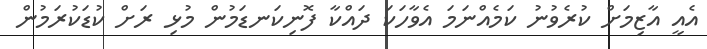
އެއީ އާޒިމަށް ކުރެވުނު ކަމެއްނަމަ އެވާހަކަ ދައްކާ ފޮނިކަނޑަމުން މުޅި ރަށް ކުޑަކުރަމުން